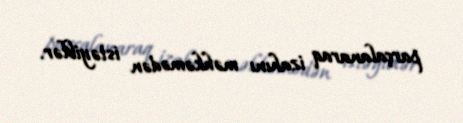
parçalanaraq izahını məhkəmədən istəyiblər.